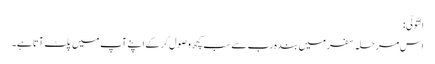
اَلتَّوَلِّی:
اس مرحلہ سفر میں بندہ رب سے سب کچھ وصول کر کے اپنے آپ میں پلٹ آتا ہے۔